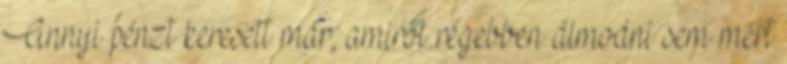
Annyi pénzt keresett már, amiről régebben álmodni sem mert